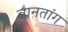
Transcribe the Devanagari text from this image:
वानतांग